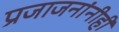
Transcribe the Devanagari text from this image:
प्रजाजनांनीही